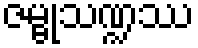
ဇမ္ဗုသဏ္ဍဿ